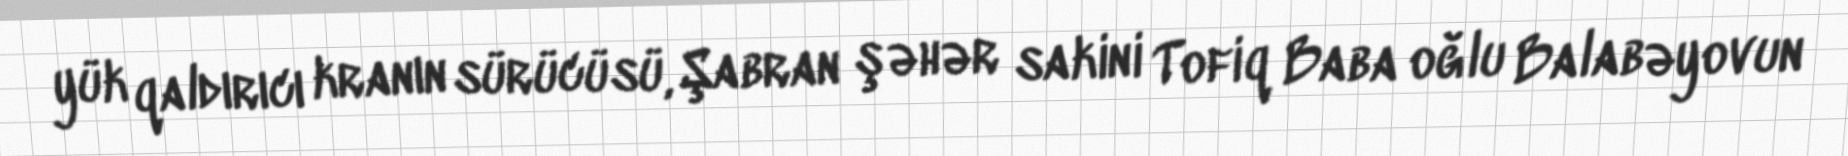
yük qaldırıcı kranın sürücüsü, Şabran şəhər sakini Tofiq Baba oğlu Balabəyovun